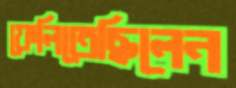
ফেলিতেছিলেন